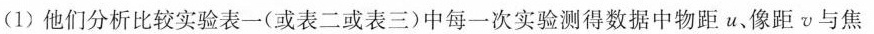
(1)他们分析比较实验表一(或表二或表三)中每一次实验测得数据中物距u、像距v与焦